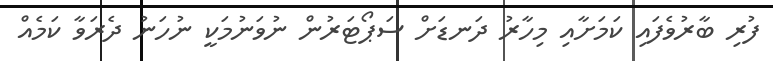
ފުރި ބާރުވެފައި ކަމަށާއި މިހާރު ދަނޑަށް ސަޕޯޓަރުން ނުވަނުމަކީ ނުހަނު ދެރަވާ ކަމެއް